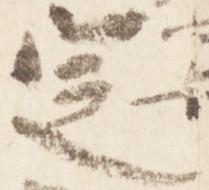
定